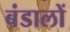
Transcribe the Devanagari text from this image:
बंडालों